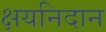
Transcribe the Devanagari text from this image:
क्षयनिदान